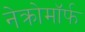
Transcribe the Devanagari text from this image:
नेक्रोमॉर्फ